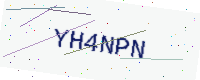
Text: YH4NPN